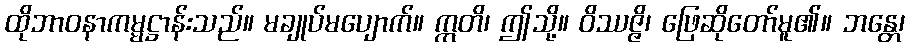
ထိုဘာဝနာကမ္မဋ္ဌာန်းသည်။ မချုပ်မပျောက်။ ဣတိ၊ ဤသို့။ ဝိဿဇ္ဇိ၊ ဖြေဆိုတော်မူ၏။ ဘန္တေ၊